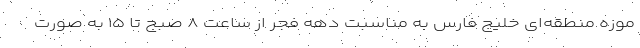
موزه منطقه‌ای خلیج فارس به مناسبت دهه فجر از ساعت ۸ صبح تا ۱۵ به صورت